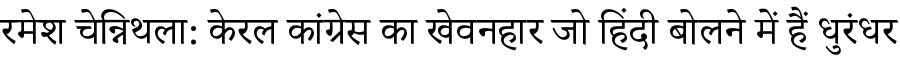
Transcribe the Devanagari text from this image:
रमेश चेन्निथला: केरल कांग्रेस का खेवनहार जो हिंदी बोलने में हैं धुरंधर